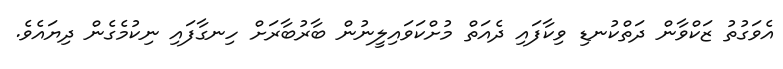
އެވަގުތު ޒަކްވާން ދަތްކުނޑި ވިކާފައި ދެއަތް މުށްކަވައިލީނުން ބާރުބާރަށް ހިނގާފައި ނިކުމެގެން ދިޔައެވެ.